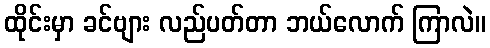
ထိုင်းမှာ ခင်ဗျား လည်ပတ်တာ ဘယ်လောက် ကြာလဲ။